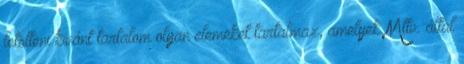
letölteni kívánt tartalom olyan elemeket tartalmaz, amelyek Mttv. által